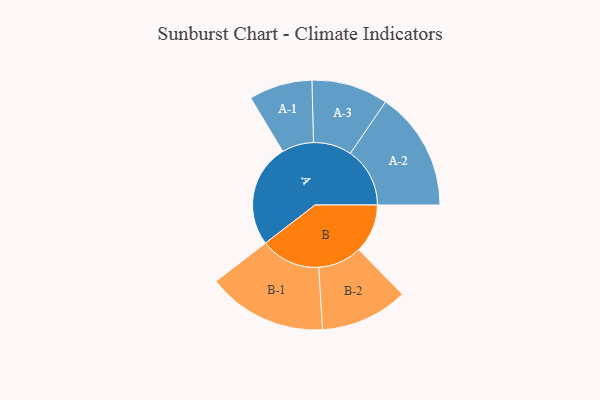
{"axis": {"x": "Segment", "y": "Value"}, "legend": ["", "A", "B"], "data": [{"x": "A", "y": 375, "type": ""}, {"x": "B", "y": 177, "type": ""}, {"x": "A-1", "y": 115, "type": "A"}, {"x": "A-2", "y": 216, "type": "A"}, {"x": "A-3", "y": 139, "type": "A"}, {"x": "B-1", "y": 217, "type": "B"}, {"x": "B-2", "y": 159, "type": "B"}]}